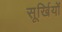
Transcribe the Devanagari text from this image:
सूर्खियों